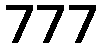
777